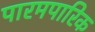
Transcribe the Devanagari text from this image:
पारमपारिक